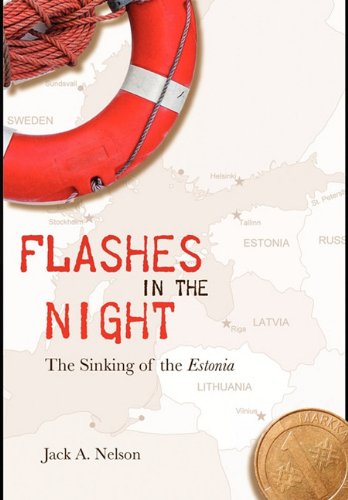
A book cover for Flashes in the Night: The Sinking of the Estonia; Jack A. Nelson; Travel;